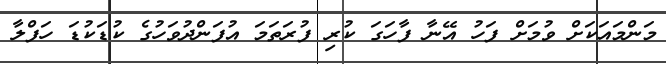
މަންމައަކަށް ވުމަށް ފަހު އޭނާ ފާހަގަ ކުރި ފުރަތަމަ އުފަންދުވަހުގެ ކުޑަކުޑަ ހަފްލާ